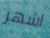
اشهر